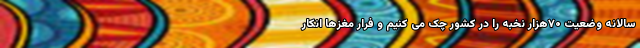
سالانه وضعیت ۷۰هزار نخبه را در کشور چک می کنیم و فرار مغزها انکار